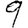
Digit: 9